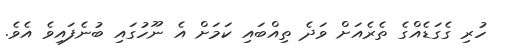
ހުރި ގެގަޑެއްގެ ތެރެއަށް ވަދެ ތިއްބައި ކަމަށް އެ ނޫހުގައި ބުނެފައިވެ އެވެ.